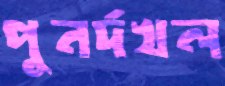
পুনর্দখল